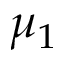
\mu _ { 1 }